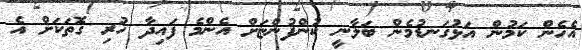
އެހެން ކަމުން އަޅުގަނޑުމެން ބަލާނީ ކުންފުންޏަށް އެންމެ ފައިދާ ހުރި ގޮތަކަށް އެ